Insane asylums in Bengal annual reports 1867-1875 - 1867-1875
Year: 1867
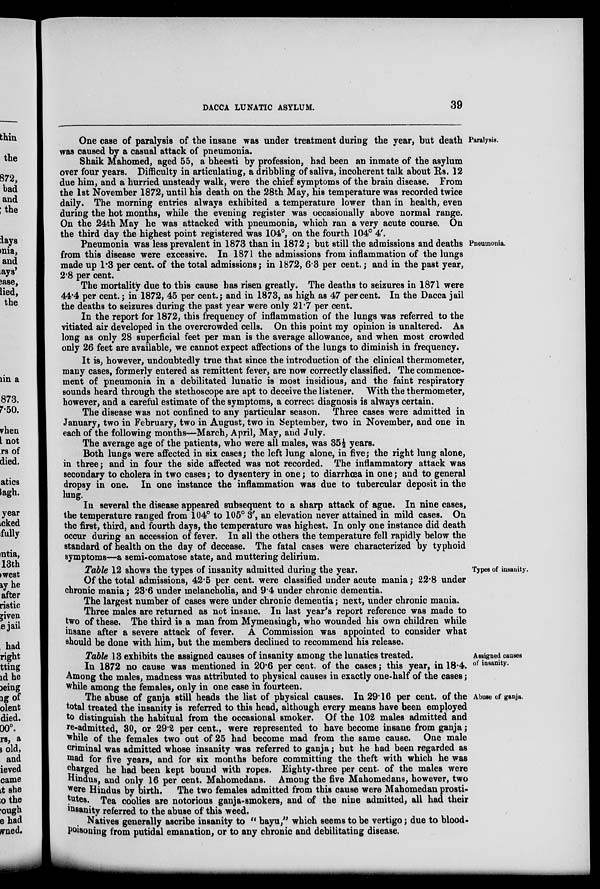
DACCA LUNATIC ASYLUM.
39
Paralysis.
One case of paralysis of the insane was under treatment during the year, but death
was caused by a casual attack of pneumonia.
Shaik Mahomed, aged 55, a bheesti by profession, had been an inmate of the asylum
over four years. Difficulty in articulating, a dribbling of saliva, incoherent talk about Rs. 12
due him, and a hurried unsteady walk, were the chief symptoms of the brain disease. From
the 1st November 1872, until his death on the 28th May, his temperature was recorded twice
daily. The morning entries always exhibited a temperature lower than in health, even
during the hot months, while the evening register was occasionally above normal range.
On the 24th May he was attacked with pneumonia, which ran a very acute course. On
the third day the highest point registered was 104°, on the fourth 104° 4'.
Pneumonia.
Pneumonia was less prevalent in 1873 than in 1872; but still the admissions and deaths
from this disease were excessive. In 1871 the admissions from inflammation of the lungs
made up 1.3 per cent. of the total admissions; in 1872, 6.3 per cent.; and in the past year,
2.8 per cent.
The mortality due to this cause has risen greatly. The deaths to seizures in 1871 were
44.4 per cent.; in 1872, 45 per cent.; and in 1873, as high as 47 per cent. In the Dacca jail
the deaths to seizures during the past year were only 21.7 per cent.
In the report for 1872, this frequency of inflammation of the lungs was referred to the
vitiated air developed in the overcrowded cells. On this point my opinion is unaltered. As
long as only 28 superficial feet per man is the average allowance, and when most crowded
only 26 feet are available, we cannot expect affections of the lungs to diminish in frequency.
It is, however, undoubtedly true that since the introduction of the clinical thermometer,
many cases, formerly entered as remittent fever, are now correctly classified. The commence-
ment of pneumonia in a debilitated lunatic is most insidious, and the faint respiratory
sounds heard through the stethoscope are apt to deceive the listener. With the thermometer,
however, and a careful estimate of the symptoms, a correct diagnosis is always certain.
The disease was not confined to any particular season. Three cases were admitted in
January, two in February, two in August, two in September, two in November, and one in
each of the following months—March, April, May, and July.
The average age of the patients, who were all males, was 35½ years.
Both lungs were affected in six cases; the left lung alone, in five; the right lung alone,
in three; and in four the side affected was not recorded. The inflammatory attack was
secondary to cholera in two cases; to dysentery in one; to diarrhœa in one; and to general
dropsy in one. In one instance the inflammation was due to tubercular deposit in the
lung.
In several the disease appeared subsequent to a sharp attack of ague. In nine cases,
the temperature ranged from 104° to 105° 3', an elevation never attained in mild cases. On
the first, third, and fourth days, the temperature was highest. In only one instance did death
occur during an accession of fever. In all the others the temperature fell rapidly below the
standard of health on the day of decease. The fatal cases were characterized by typhoid
symptoms—a semi-comatose state, and muttering delirium.
Types of insanity.
Table 12 shows the types of insanity admitted during the year.
Of the total admissions, 42.5 per cent. were classified under acute mania; 22.8 under
chronic mania; 23.6 under melancholia, and 9.4 under chronic dementia.
The largest number of cases were under chronic dementia; next, under chronic mania.
Three males are returned as not insane. In last year's report reference was made to
two of these. The third is a man from Mymensingh, who wounded his own children while
insane after a severe attack of fever. A Commission was appointed to consider what
should be done with him, but the members declined to recommend his release.
Assigned causes
of insanity.
Table 13 exhibits the assigned causes of insanity among the lunatics treated.
In 1872 no cause was mentioned in 20.6 per cent. of the cases; this year, in 18.4.
Among the males, madness was attributed to physical causes in exactly one-half of the cases;
while among the females, only in one case in fourteen.
Abuse of ganja.
The abuse of ganja still heads the list of physical causes. In 29.16 per cent. of the
total treated the insanity is referred to this head, although every means have been employed
to distinguish the habitual from the occasional smoker. Of the 102 males admitted and
re-admitted, 30, or 29.2 per cent., were represented to have become insane from ganja;
while of the females two out of 25 had become mad from the same cause. One male
criminal was admitted whose insanity was referred to ganja; but he had been regarded as
mad for five years, and for six months before committing the theft with which he was
charged he had been kept bound with ropes. Eighty-three per cent. of the males were
Hindus, and only 16 per cent. Mahomedans. Among the five Mahomedans, however, two
were Hindus by birth. The two females admitted from this cause were Mahomedan prosti-
tutes. Tea coolies are notorious ganja-smokers, and of the nine admitted, all had their
insanity referred to the abuse of this weed.
Natives generally ascribe insanity to " bayu," which seems to be vertigo; due to blood-
poisoning from putidal emanation, or to any chronic and debilitating disease.